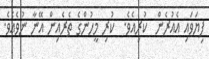
ފިޔަވައި އެއުރެން  ކުރިއެވެ.  ކުރި މީހުންގެ ތެރެއިން އޭނާ ނުވެއެވެ.